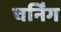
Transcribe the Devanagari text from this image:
चर्निंग